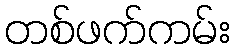
တစ်ဖက်ကမ်း